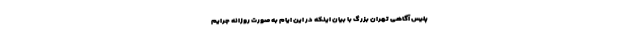
پلیس آگاهی تهران بزرگ با بیان اینکه در این ایام به صورت روزانه جرایم